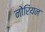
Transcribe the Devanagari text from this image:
नोरियन